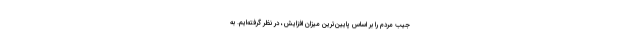
جیب مردم را بر اساس پایین‌ترین میزان افزایش، در نظر گرفته‌ایم. به